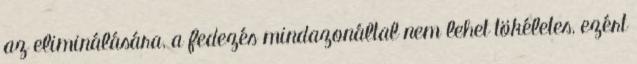
az eliminálására, a fedezés mindazonáltal nem lehet tökéletes, ezért